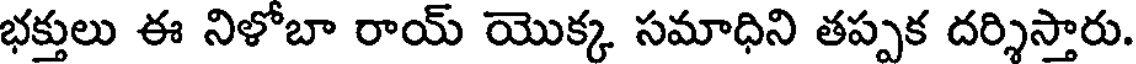
భక్తులు ఈ నిళోబా రాయ్ యొక్క సమాధిని తప్పక దర్శిస్తారు.